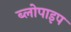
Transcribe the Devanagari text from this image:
ब्लोपाइप